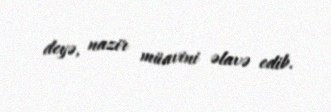
deyə, nazir müavini əlavə edib.